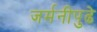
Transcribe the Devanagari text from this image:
जर्मनीपुढे